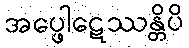
အပ္ဖေါဋေဿန္တိပိ